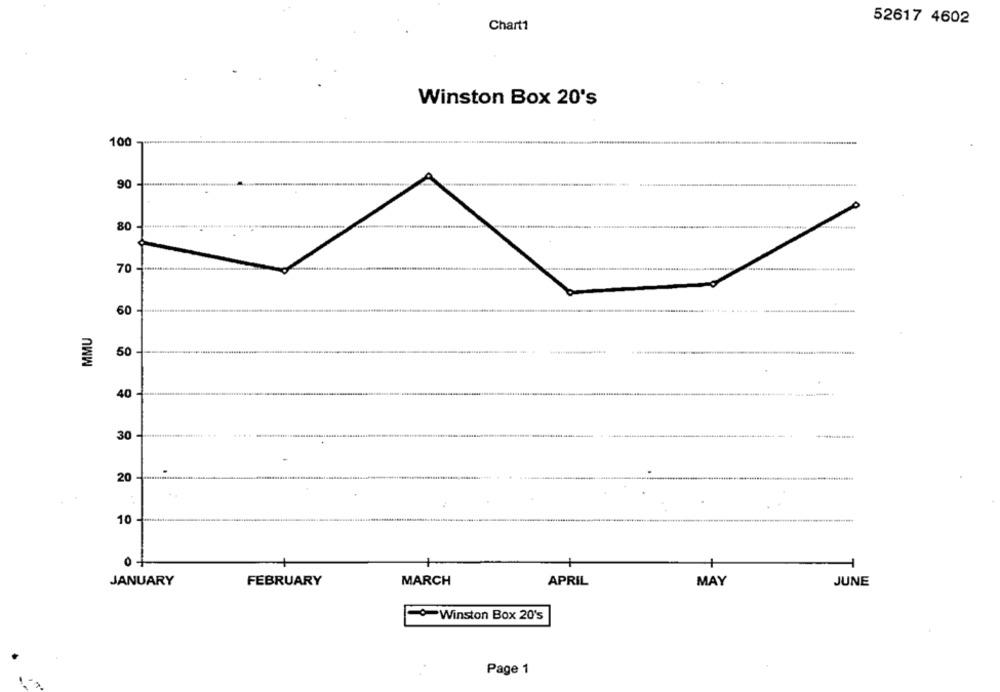
52617 4602
Chart1
Winston Box 20's
100
90
80
70
60
--
MMU
50
40 ******
30
20
10
JANUARY
FEBRUARY
MARCH
APRIL
MAY
JUNE
Winston Box 20's
Page 1